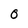
Character: 0